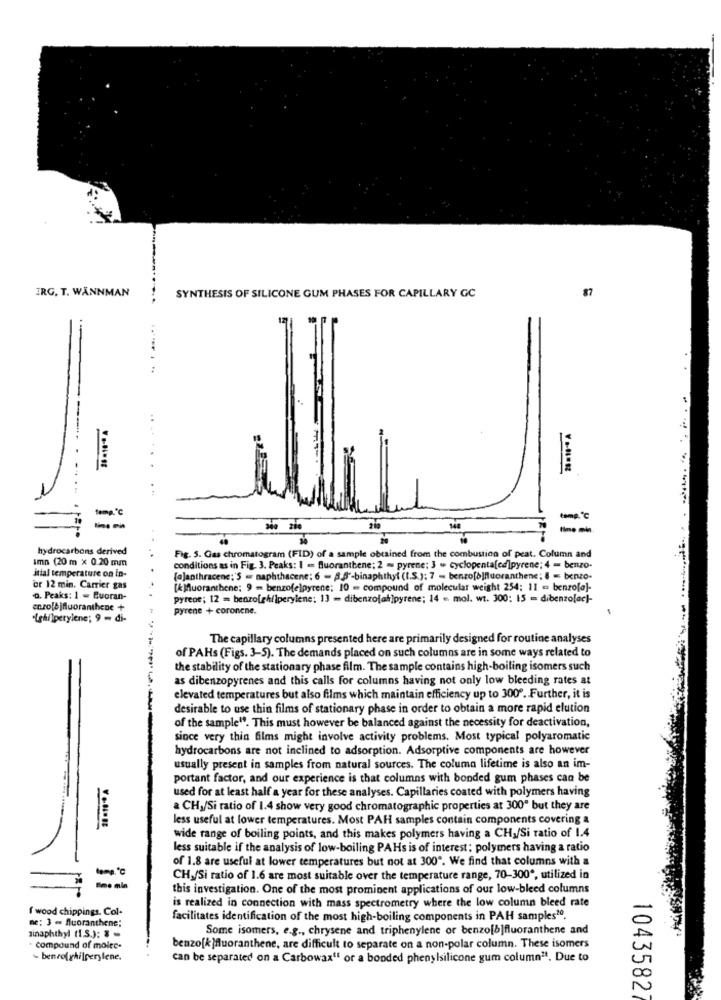
87
ERG. T. WANNMAN
SYNTHESIS OF SILICONE GUM PHASES FOR CAPILLARY GC
......
tema."c
--
hydrocarbons derived
Imn (20 m × 0.20 mm
Fig. 5. Gas chromatogram (FID) of a sample obtained from the combustion of peat. Column and
itial temperature on in-
conditions as in Fig. 3. Peaks: I = Buoranthene; 2 = pyrene; 3 - cyclopenta[cd]pyrene; 4 = benzo-
[@]anthracene;'S = naphthacene; 6 - . 5"-binaphthyl (I.S.); 7 - benro[b]fluoranthene; 8 = benzo-
or 12 min. Carrier gas
[kMuoranthene; 9 - benzofe)pyrene; 10 = compound of molecular weight 254; 11 = benzo[o]-
o. Peaks: 1 - Buoran-
pyrene; 12 = benzo[ghilperylene: 13 - dibenzo[at]pyrene; 14 =. mol. wt. 300; 15 = dibenzolac]-
pyrene + coronene.
.(ghi)perylene; 9 - di-
The capillary columns presented here are primarily designed for routine analyses
of PAHs (Figs. 3-5). The demands placed on such columns are in some ways related to
the stability of the stationary phase film. The sample contains high-boiling isomers such
as dibenzopyrenes and this calls for columns having not only low bleeding rates at
elevated temperatures but also films which maintain efficiency up to 3009. Further, it is
desirable to use thin films of stationary phase in order to obtain a more rapid elution
of the sample". This must however be balanced against the necessity for deactivation,
-------
since very thin films might involve activity problems. Most typical polyaromatic
hydrocarbons are not inclined to adsorption. Adsorptive components are however
-
usually present in samples from natural sources. The column lifetime is also an im-
portant factor, and our experience is that columns with bonded gum phases can be
used for at least half a year for these analyses. Capillaries coated with polymers having
a CH1/Si ratio of 1.4 show very good chromatographic properties at 300" but they are
less useful at lower temperatures. Most PAH samples contain components covering a
wide range of boiling points, and this makes polymers having a CH,/Si ratio of 1.4
less suitable if the analysis of low-boiling PAHs is of interest: polymers having a ratio
of 1.8 are useful at lower temperatures but not at 300". We find that columns with a
CHy/Si ratio of 1.6 are most suitable over the temperature range, 70-300 *, utilized in
this investigation. One of the most prominent applications of our low-bleed columns
is realized in connection with mass spectrometry where the low column bleed rate
f wood chippings. Col-
ne: 3 - fluoranthene;
facilitates identification of the most high-boiling components in PAH samples10.
Jinaphthyl (1.5.): 8
Some isomers, e.g ., chrysene and triphenylene or benzo[b]fluoranthene and
compound of molec-
benzo[k]fluoranthene, are difficult to separate on a non-polar column. These isomers
- benrolghilperylene.
can be separated on a Carbowax" or a bonded phenylsilicone gum column". Due to
1043582